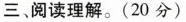
三 阅读理解。(20 分)